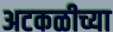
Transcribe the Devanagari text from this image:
अटकळीच्या